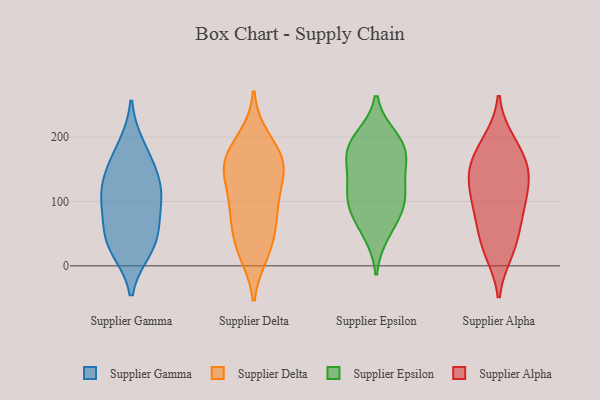
{"axis": {"x": "Shipments", "y": "Value"}, "legend": ["Supplier Alpha", "Supplier Delta", "Supplier Epsilon", "Supplier Gamma"], "data": [{"x": "", "y": 102, "type": "Supplier Gamma"}, {"x": "", "y": 36, "type": "Supplier Gamma"}, {"x": "", "y": 136, "type": "Supplier Gamma"}, {"x": "", "y": 160, "type": "Supplier Gamma"}, {"x": "", "y": 39, "type": "Supplier Gamma"}, {"x": "", "y": 105, "type": "Supplier Gamma"}, {"x": "", "y": 27, "type": "Supplier Gamma"}, {"x": "", "y": 67, "type": "Supplier Gamma"}, {"x": "", "y": 184, "type": "Supplier Gamma"}, {"x": "", "y": 118, "type": "Supplier Gamma"}, {"x": "", "y": 19, "type": "Supplier Delta"}, {"x": "", "y": 198, "type": "Supplier Delta"}, {"x": "", "y": 161, "type": "Supplier Delta"}, {"x": "", "y": 82, "type": "Supplier Delta"}, {"x": "", "y": 81, "type": "Supplier Delta"}, {"x": "", "y": 29, "type": "Supplier Delta"}, {"x": "", "y": 70, "type": "Supplier Delta"}, {"x": "", "y": 139, "type": "Supplier Delta"}, {"x": "", "y": 153, "type": "Supplier Delta"}, {"x": "", "y": 163, "type": "Supplier Delta"}, {"x": "", "y": 96, "type": "Supplier Delta"}, {"x": "", "y": 185, "type": "Supplier Delta"}, {"x": "", "y": 155, "type": "Supplier Delta"}, {"x": "", "y": 132, "type": "Supplier Delta"}, {"x": "", "y": 29, "type": "Supplier Delta"}, {"x": "", "y": 166, "type": "Supplier Epsilon"}, {"x": "", "y": 131, "type": "Supplier Epsilon"}, {"x": "", "y": 185, "type": "Supplier Epsilon"}, {"x": "", "y": 198, "type": "Supplier Epsilon"}, {"x": "", "y": 98, "type": "Supplier Epsilon"}, {"x": "", "y": 163, "type": "Supplier Epsilon"}, {"x": "", "y": 106, "type": "Supplier Epsilon"}, {"x": "", "y": 106, "type": "Supplier Epsilon"}, {"x": "", "y": 52, "type": "Supplier Epsilon"}, {"x": "", "y": 74, "type": "Supplier Epsilon"}, {"x": "", "y": 189, "type": "Supplier Epsilon"}, {"x": "", "y": 144, "type": "Supplier Alpha"}, {"x": "", "y": 140, "type": "Supplier Alpha"}, {"x": "", "y": 172, "type": "Supplier Alpha"}, {"x": "", "y": 88, "type": "Supplier Alpha"}, {"x": "", "y": 23, "type": "Supplier Alpha"}, {"x": "", "y": 194, "type": "Supplier Alpha"}, {"x": "", "y": 21, "type": "Supplier Alpha"}, {"x": "", "y": 141, "type": "Supplier Alpha"}, {"x": "", "y": 95, "type": "Supplier Alpha"}, {"x": "", "y": 123, "type": "Supplier Alpha"}, {"x": "", "y": 188, "type": "Supplier Alpha"}, {"x": "", "y": 150, "type": "Supplier Alpha"}, {"x": "", "y": 43, "type": "Supplier Alpha"}, {"x": "", "y": 64, "type": "Supplier Alpha"}, {"x": "", "y": 92, "type": "Supplier Alpha"}]}